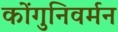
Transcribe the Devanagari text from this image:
कोंगुनिवर्मन